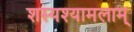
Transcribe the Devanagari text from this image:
शस्यश्यामलाम्